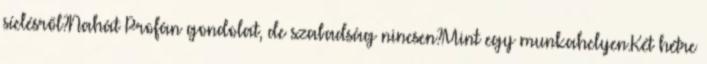
síelésről?Nahát Profán gondolat, de szabadság nincsen?Mint egy munkahelyen.Két hétre